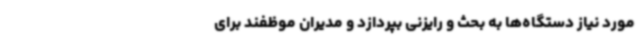
مورد نیاز دستگاه‌ها به بحث و رایزنی بپردازد و مدیران موظفند برای